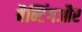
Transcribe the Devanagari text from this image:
बैन्टिंगऔर